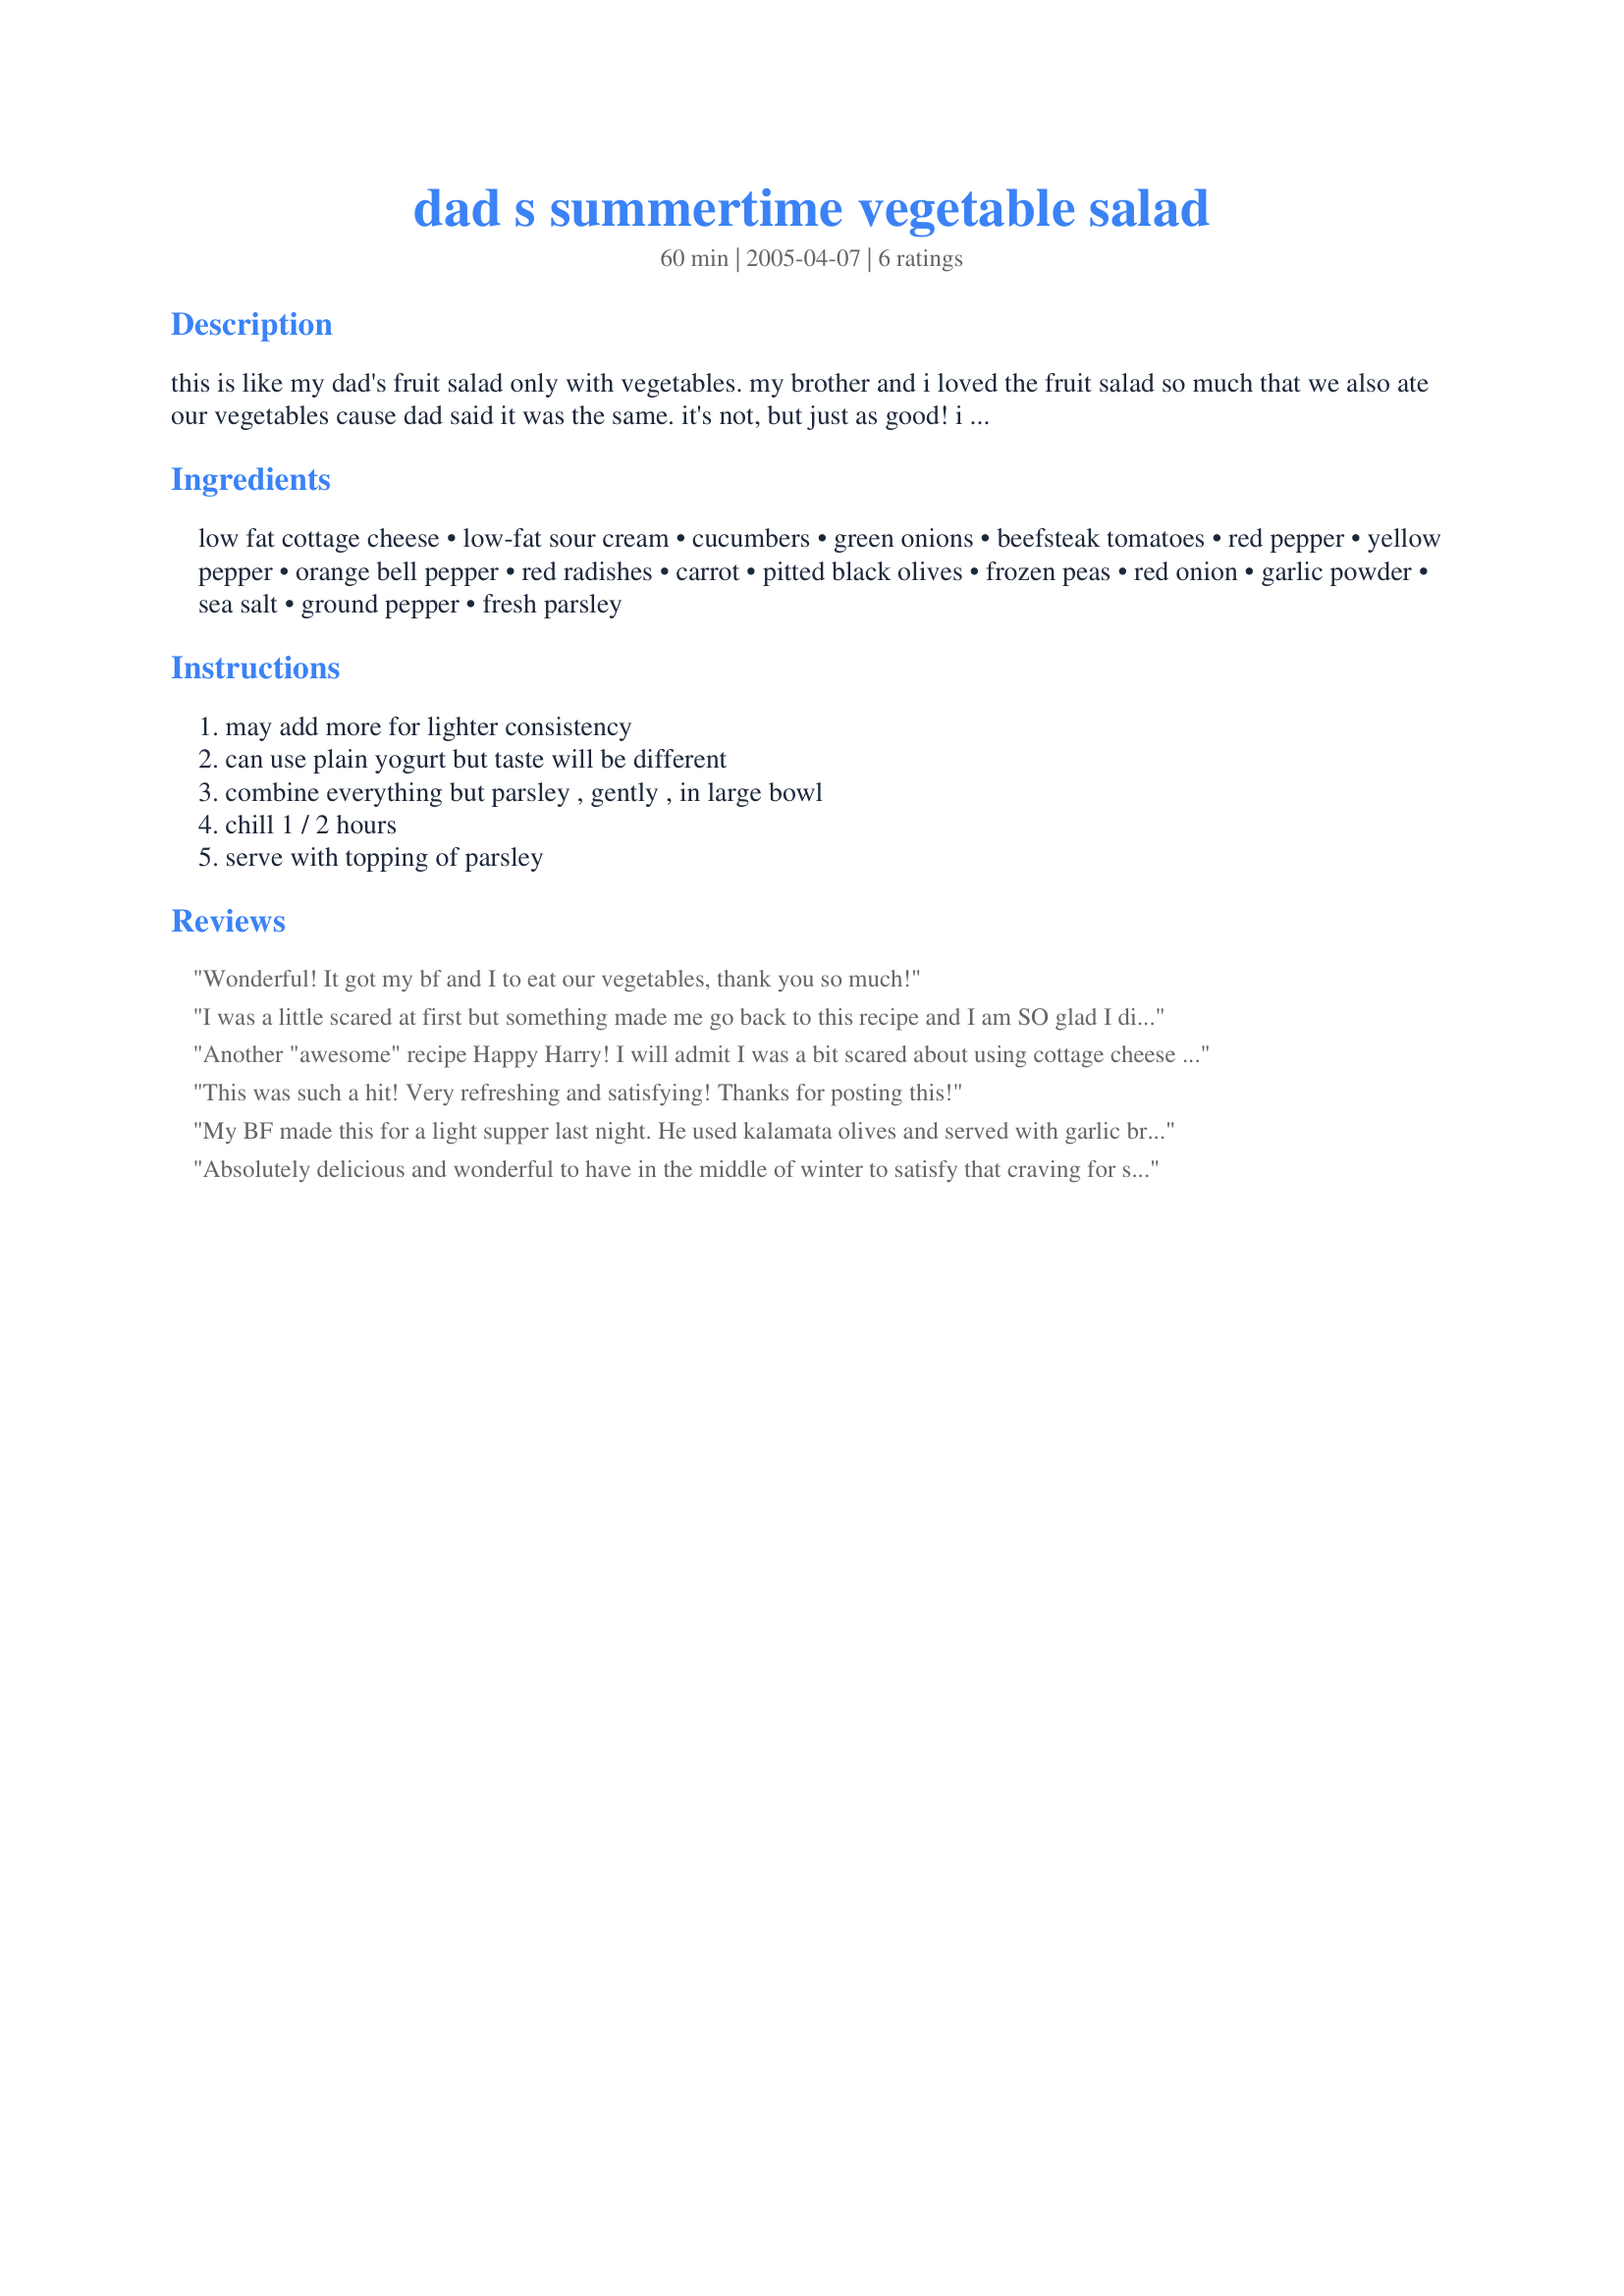
dad s summertime vegetable salad
Preparation time: 60 minutes

this is like my dad's fruit salad only with vegetables. my brother and i loved the fruit salad so much that we also ate our vegetables cause dad said it was the same. it's not, but just as good! i added the orange pepper.

Ingredients:
low fat cottage cheese, low-fat sour cream, cucumbers, green onions, beefsteak tomatoes, red pepper, yellow pepper, orange bell pepper, red radishes, carrot, pitted black olives, frozen peas, red onion, garlic powder, sea salt, ground pepper, fresh parsley

Steps:
may add more for lighter consistency, can use plain yogurt but taste will be different, combine everything but parsley , gently , in large bowl, chill 1 / 2 hours, serve with topping of parsley

Reviews:
Wonderful! It got my bf and I to eat our vegetables, thank you so much!
I was a little scared at first but something made me go back to this recipe and I am SO glad I did! This is great! One of the best salads I have had in a long time. A great change from the normal this will be a keeper for a long time to come!
thanks for the sald Happy Harry!
Another "awesome" recipe Happy Harry! I will admit I was a bit scared about using cottage cheese and sour cream for the dressing but that is what makes the salad so delicious!! Very flavorful salad and colorful too. Easy to make too. Thanks again for a great recipe from your kitchen.
This was such a hit! Very refreshing and satisfying! Thanks for posting this!
My BF made this for a light supper last night. He used kalamata olives and served with garlic bread on the side. Thank you Happy Harry, and thanks to your father too, for a tasty, healthful recipe (lots of vitamin A & C and calcium). Unlike many other vegetable salads, this is not loaded with fattening mayo or oil. This would also be an excellent recipe for South Beach dieters. Otherwise, minor comments include the dressing may turn out a bit watery but that did not really affect the taste, and you might want to increase cooling time. Now I will have to try your father's fruit salad! Excellent recipe, thanks again.
Absolutely delicious and wonderful to have in the middle of winter to satisfy that craving for summer! I used campari tomatoes that taste almost garden fresh. Also used non-fat cottage cheese. I think next time I may add some edamame instead of the frozen peas. Made for healthy choices ABC game.
